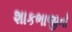
શાકભાજીનો